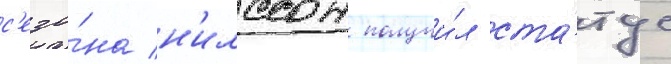
с'езо́на н'илссон получи́л ста́тус